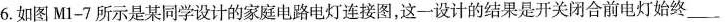
16.如图M1-7所示是某同学设计的家庭电路电灯连接图，这一设计的结果是开关闭合前电灯始终___